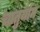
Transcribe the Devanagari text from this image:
चातुर्याम